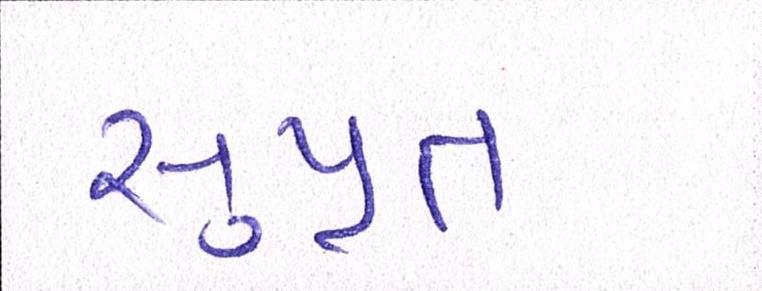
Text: સુપ્રત